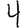
Digit: 4